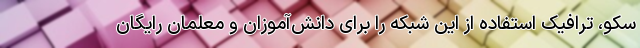
سکو، ترافیک استفاده از این شبکه را برای دانش‌آموزان و معلمان رایگان